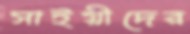
সাইয়ীদের